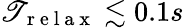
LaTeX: \mathscr{T}_{\mathrm{{~r~e~l~a~x~}}}\lesssim0.1s